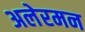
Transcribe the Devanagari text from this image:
अलेरमन